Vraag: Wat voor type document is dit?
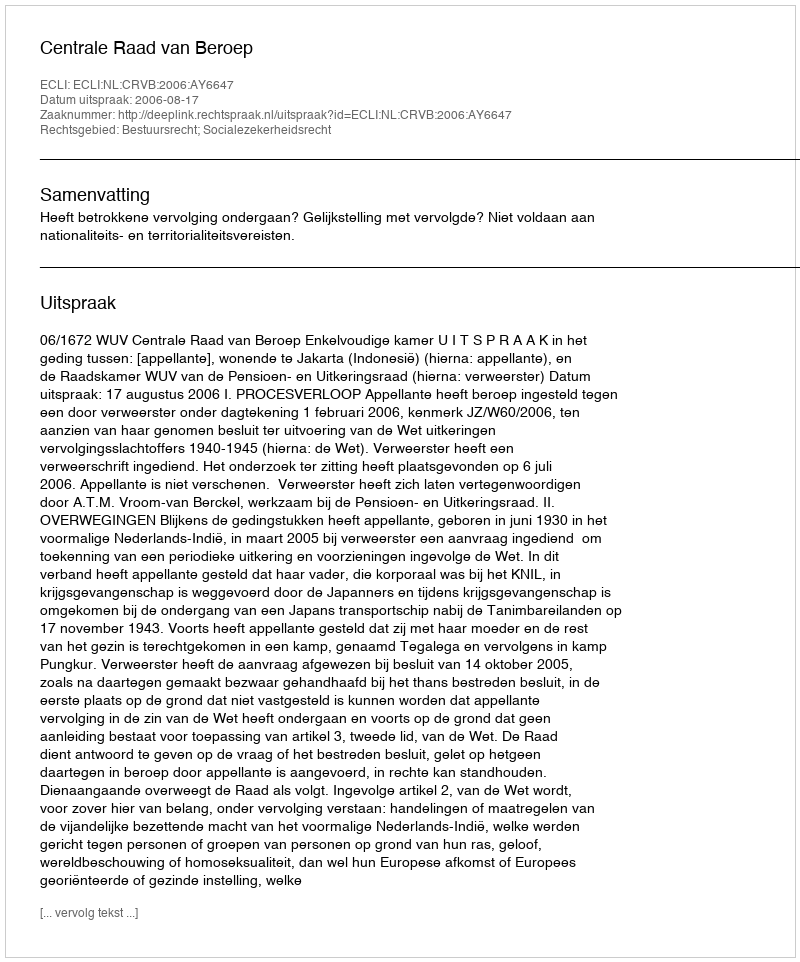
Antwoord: Uitspraak